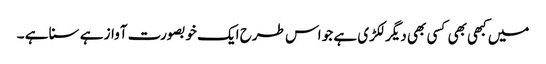
میں کبھی بھی کسی بھی دیگر لکڑی ہے جو اس طرح ایک خوبصورت آواز ہے سنا ہے ۔